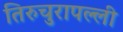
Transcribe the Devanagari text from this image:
तिरुचुरापल्ली